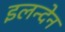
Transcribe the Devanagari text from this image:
इलन्देन